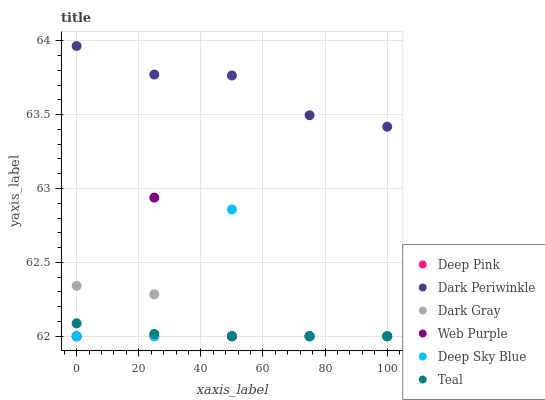
| xaxis_label | Deep Pink | Dark Periwinkle | Dark Gray | Web Purple | Deep Sky Blue | Teal |
 | --- | --- | --- | --- | --- | --- | --- |
 | 0 | 62 | 64 | 62.3 | 62 | 62 | 62.1 |
 | 25 | 62 | 63.8 | 62.3 | 62.9 | 62 | 62 |
 | 50 | 62 | 63.8 | 62 | 62 | 62.9 | 62 |
 | 75 | 62 | 63.5 | 62 | 62 | 62 | 62 |
 | 100 | 62 | 63.4 | 62 | 62 | 62 | 62 |